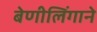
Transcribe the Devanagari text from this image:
बेणीलिंगाने